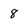
Character: 8